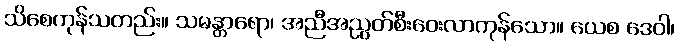
သိစေကုန်သတည်း။ သမန္တာရော၊ အညီအညွတ်စီးဝေးလာကုန်သော။ ယေစ ဒေဝါ၊